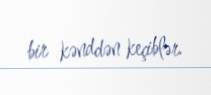
bir kənddən keçiblər.